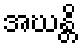
အဃန္တိ